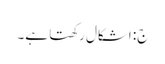
ج: اشکال رکھتا ہے۔